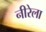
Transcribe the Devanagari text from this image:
नीरेला